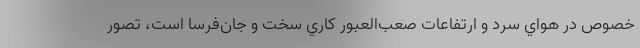
خصوص در هواي سرد و ارتفاعات صعب‌العبور كاري سخت و جان‌فرسا است، تصور